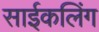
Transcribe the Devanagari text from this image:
साईकलिंग